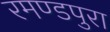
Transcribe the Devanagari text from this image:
रमण्डपुरा